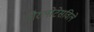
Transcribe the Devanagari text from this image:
शैरलोटेसविले